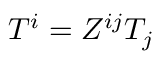
T ^ { i } = Z ^ { i j } T _ { j }